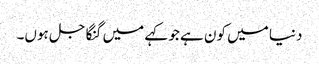
دنیا میں کون ہے جو کہے میں گنگا جل ہوں۔